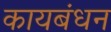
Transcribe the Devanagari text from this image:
कायबंधन